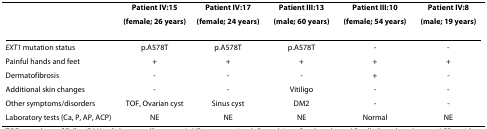
|  | Patient IV:15 | Patient IV:17 | Patient III:13 | Patient III:10 | Patient IV:8 |
 |  | (female; 26 years) | (female; 24 years) | (male; 60 years) | (female; 54 years) | (male; 19 years) |
 | --- | --- | --- | --- | --- | --- |
 | EXT1 mutation status | p.A578T | p.A578T | p.A578T | - | - |
 | Painful hands and feet | + | + | + | + | + |
 | Dermatofibrosis | - | - | - | + | - |
 | Additional skin changes | - | - | Vitiligo | - | - |
 | Other symptoms/disorders | TOF, Ovarian cyst | Sinus cyst | DM2 | - | - |
 | Laboratory tests (Ca, P, AP, ACP) | NE | NE | NE | Normal | NE |